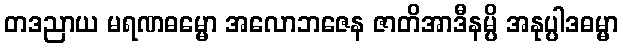
တဒညာယ မရဏဓမ္မော အလောဘဇေန ဇာတိအာဒီနမ္ပိ အနုပ္ပါဒဓမ္မာ